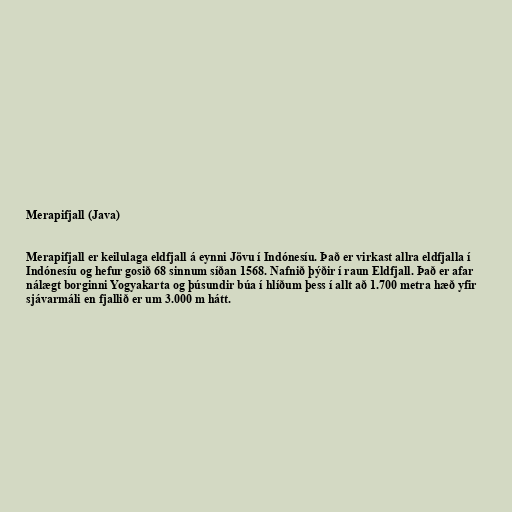
Merapifjall (Java)

Merapifjall er keilulaga eldfjall á eynni Jövu í Indónesíu. Það er virkast allra eldfjalla í
Indónesíu og hefur gosið 68 sinnum síðan 1568. Nafnið þýðir í raun Eldfjall. Það er afar
nálægt borginni Yogyakarta og þúsundir búa í hlíðum þess í allt að 1.700 metra hæð yfir
sjávarmáli en fjallið er um 3.000 m hátt.